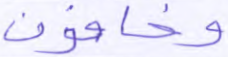
وخافون